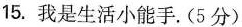
15. 我是生活小能手.(5分)